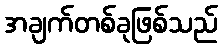
အချက်တစ်ခုဖြစ်သည်